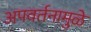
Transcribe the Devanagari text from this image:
अपवर्तनामुळे